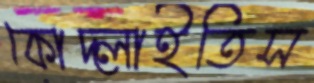
কোদ্‌লাইতিস